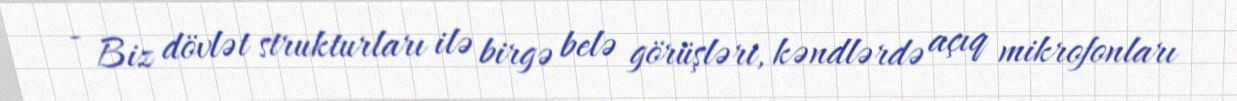
- Biz dövlət strukturları ilə birgə belə görüşləri, kəndlərdə açıq mikrofonları